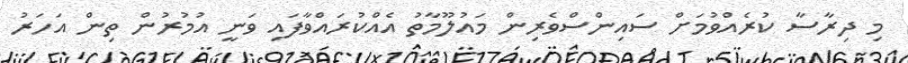
މި ދިރާސާ ކުރެއްވުމަށް ސައިންސްވެރިން މައުލޫމާތު އެއްކުރައްވާފައި ވަނީ އުމުރުން ތިން އަހަރު